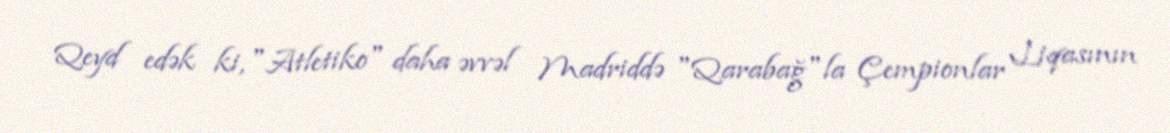
Qeyd edək ki, "Atletiko" daha əvvəl Madriddə "Qarabağ"la Çempionlar Liqasının